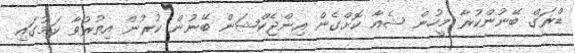
ޑްރަގް ބޭނުންކުރާ މީހުން ޝެއާ ކޮށްގެން އިންޖެކްޝަން ބޭނުން ކުރުން އިތުރުވާ ކަމުގައި